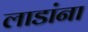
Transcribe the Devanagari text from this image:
लाडांना